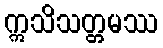
ဣသိသတ္တမဿ